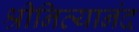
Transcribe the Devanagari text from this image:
श्रीनित्यानंद